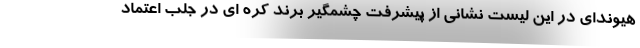
هیوندای در این لیست نشانی از پیشرفت چشمگیر برند کره ای در جلب اعتماد